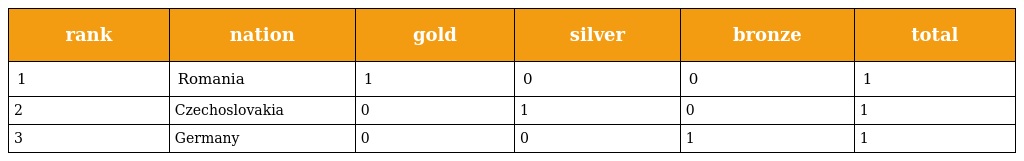
| rank | nation | gold | silver | bronze | total |
 | --- | --- | --- | --- | --- | --- |
 | 1 | Romania | 1 | 0 | 0 | 1 |
 | 2 | Czechoslovakia | 0 | 1 | 0 | 1 |
 | 3 | Germany | 0 | 0 | 1 | 1 |